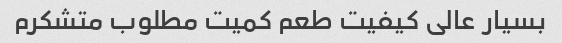
بسیار عالی کیفیت طعم کمیت مطلوب متشکرم